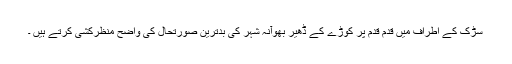
سڑک کے اطراف میں قدم قدم پر کوڑے کے ڈھیر بھوآنہ شہر کی بدترین صورتحال کی واضح منظرکشی کرتے ہیں ۔